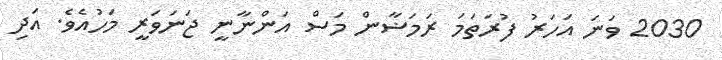
2030 ވަނަ އަހަރު ފުރަތަމަ ރަމަޟާން މަސް އަންނާނީ ޖަނަވަރީ މަހުއެވެ. އަދި